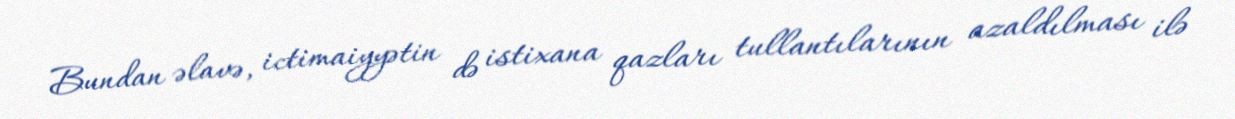
Bundan əlavə, ictimaiyyətin də istixana qazları tullantılarının azaldılması ilə